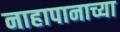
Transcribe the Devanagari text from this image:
नाहापानाच्या